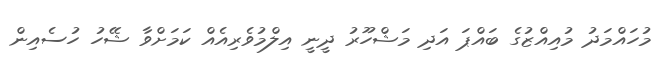
މުހައްމަދު މުއިއްޒުގެ ބައްޕަ އަދި މަޝްހޫރު ދީނީ އިލްމުވެރިއެއް ކަމަށްވާ ޝޭހު ހުސެއިން